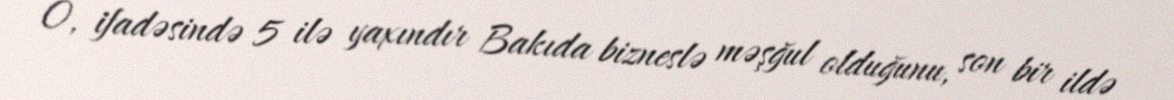
O, ifadəsində 5 ilə yaxındır Bakıda bizneslə məşğul olduğunu, son bir ildə